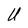
Character: U